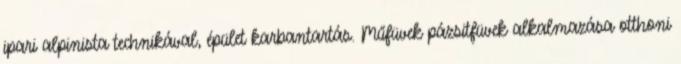
ipari alpinista technikával, épület karbantartás. Műfüvek pázsitfüvek alkalmazása otthoni